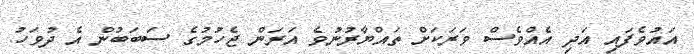
އައުވެފައި އަދި އެއްވެސް ވަރަކަށް ތައްޔާރުނުވެ އަރަން ޖެހުމުގެ ސަބަބުން އެ ދުވަހު